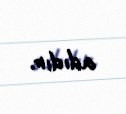
adıdır.